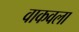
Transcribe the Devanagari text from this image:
वाकवला